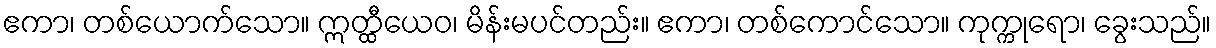
ဧကာ၊ တစ်ယောက်သော။ ဣတ္ထီယေဝ၊ မိန်းမပင်တည်း။ ဧကာ၊ တစ်ကောင်သော။ ကုက္ကုရော၊ ခွေးသည်။